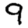
Digit: 9